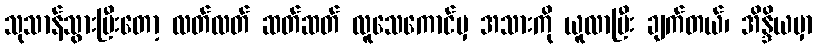
သုသာန်သွားပြီးတော့ လတ်လတ် ဆတ်ဆတ် လူသေကောင်မှ အသားကို ယူလာပြီး ချက်တယ်၊ အိန္ဒိယမှာ